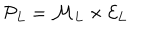
{ \cal P } _ { L } = { \cal M } _ { L } \times { \cal E } _ { L } \; \; \;